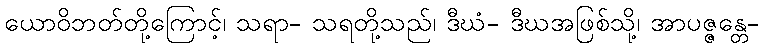
ယောဝိဘတ်တို့ကြောင့်၊ သရာ- သရတို့သည်၊ ဒီဃံ- ဒီဃအဖြစ်သို့၊ အာပဇ္ဇန္တေ-